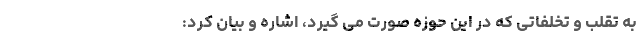
به تقلب و تخلفاتی که در این حوزه صورت می گیرد، اشاره و بیان کرد: